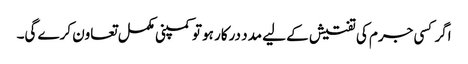
اگر کسی جرم کی تفتیش کے لیے مدد درکار ہو تو کمپنی مکمل تعاون کرے گی۔